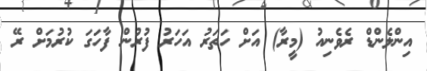
އިންލެންޑް ރެވެނިއު (މީރާ) އަށް ހަތަރު އަހަރު ފުރުން ފާހަގަ ކުރުމަށް ރޭ